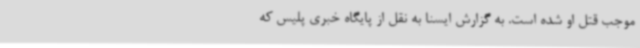
موجب قتل او شده است. به گزارش ایسنا به نقل از پایگاه خبری پلیس که